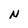
Character: N